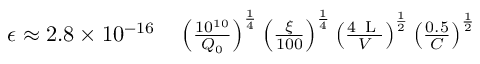
\begin{array} { r l } { \epsilon \approx 2 . 8 \times 1 0 ^ { - 1 6 } } & { { } \left( \frac { 1 0 ^ { 1 0 } } { Q _ { 0 } } \right) ^ { \frac { 1 } { 4 } } \left( \frac { \xi } { 1 0 0 } \right) ^ { \frac { 1 } { 4 } } \left( \frac { 4 \, \textrm { L } } { V } \right) ^ { \frac { 1 } { 2 } } \left( \frac { 0 . 5 } { C } \right) ^ { \frac { 1 } { 2 } } } \end{array}